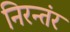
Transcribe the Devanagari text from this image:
निरन्तंर